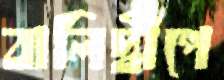
বালিদ্বীপে